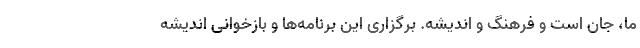
ما، جان است و فرهنگ و اندیشه. برگزاری این برنامه‌ها و بازخوانی اندیشه